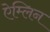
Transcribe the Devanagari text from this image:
ऐम्लिन